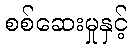
စစ်ဆေးမှုနှင့်